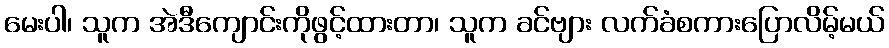
မေးပါ၊ သူက အဲဒီကျောင်းကိုဖွင့်ထားတာ၊ သူက ခင်ဗျား လက်ခံစကားပြောလိမ့်မယ်